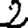
Digit: 2